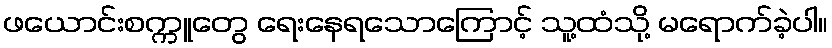
ဖယောင်းစက္ကူတွေ ရေးနေရသောကြောင့် သူ့ထံသို့ မရောက်ခဲ့ပါ။